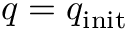
q = q _ { \mathrm { i n i t } }